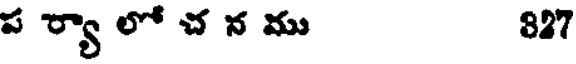
ప ర్యా లో చ న ము 827